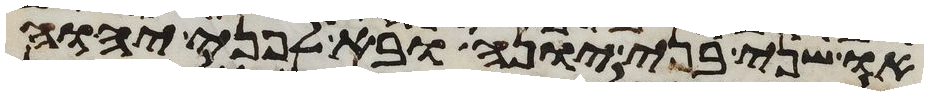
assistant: או שני בני יונה ובא לפני יהוה